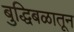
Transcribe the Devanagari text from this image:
बुद्धिबळातून